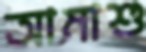
আমাশু